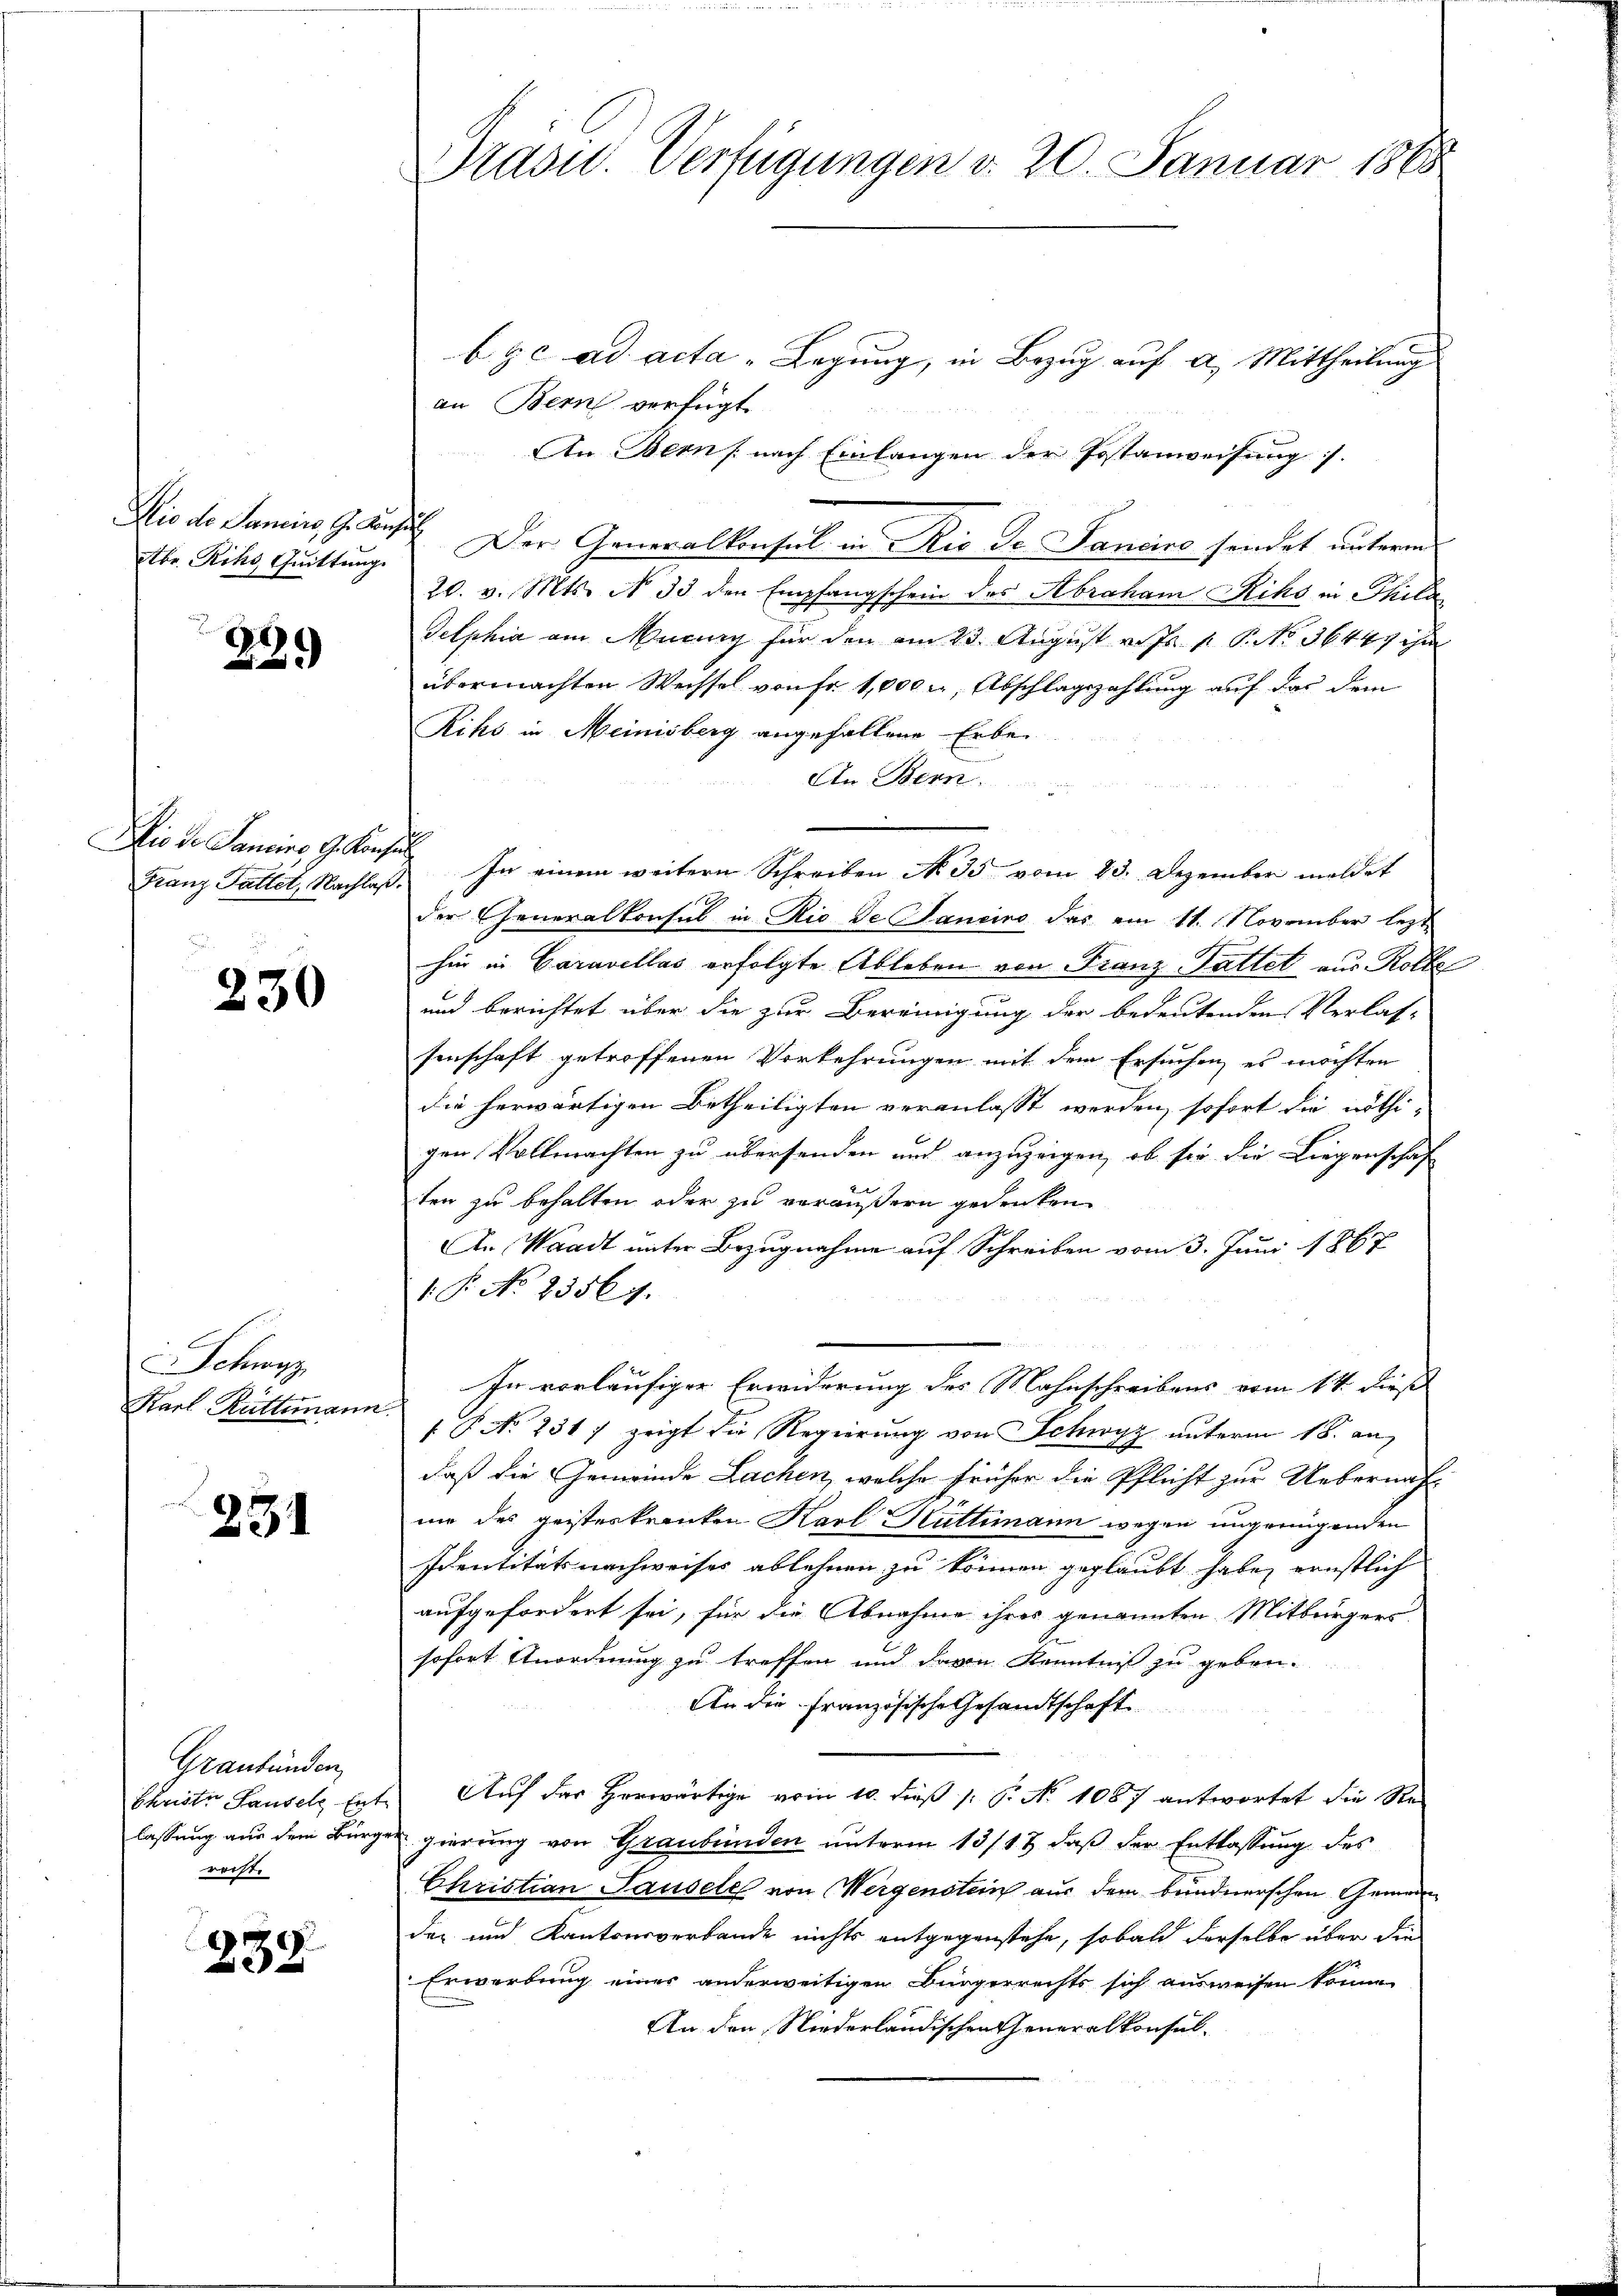
Abr. Riks Quittung.

299

Die de Sanciro G. Konsul

230

Schwyz
Karl Rüttimann

234

Graubünden,
Christe Sausel Ent
lassung aus dem Bürgrecht.

239

Präsid. Verfügungen v. 20. Januar 1888

byc ad acta - Legung, in Bezug auf A. Mittheilung
an Bern verfügt:
An Berns nach Einlangen der Postanweisung /.
Die de Janein, 9. Aufen. Der Generalkonsul in Rio der Sancino sendet unterm
20. v. Mts. No 33 den Empfangschein des Abraham Riks in Phila
Telphia am Murung für den am 23. August v. Js. f. P. No 36447 ihm
übermachten Wechsel von Fr. 1,000 u. Abschlagszahlung auf das dem
Riks in Meinisberg angefallene Erbe
In Bern
Franz Fattet, Nachlaβ. In einem weitern Schreiben No. 35 vom 23. Dezember meldet
der Generalkonsul in Rio de Sancino das am 11. November lezt
hin in Caravellas erfolgte Ableben von Franz-Tattet aus Rolle
und berichtet über die zur Bereinigung der bedeutenden Verlas-
senschaft getroffenen Vorkehrungen mit dem Ersuchen, es möchten
die herwärtigen Betheiligten veranlasst werden, sofort die nöthi-
gen Vollmachten zu übersenden und anzuzeigen, ob sie die Liegenschaf
ten zu behalten oder zu veräußern gedenken
An Waadt unter Bezugnahme auf Schreiben vom 3. Juni 1867
1 P. No 25567.
In vorläufiger Erwiderung des Mahnschreibens vom 14. dieß
f
P No 236 f zeigt die Regierung von Schwyz unterm 18. an
daß die Gemeinde Lachen, welche früher die Pflicht zur Uebernah
nie des geisteskranken Karl Küttimann wegen ungeringenden
Identitätsnachweises ablehnen zu können geglaubt habe, ernstlich
aufgefordert sei, für die Abnahme ihres genannten Mitbürgers
sofort Anordnung zu treffen und davon Kenntniß zu geben.
An die Französische Gesandtschaft
Auf das Horwärtige vom 10. dieß [ P. No 1087 antwortet die Re-
egierung von Graubünden unterm 13/1. & daß der Entlassung des
Christian Pausele von Wergenstein aus dem bundnerschen Gemeindar und Kantonsverbande nichts entgegenstehe, sobald derselbe über die
Erwerbung einer anderweitigen Bürgerrechts sich ausweisen könne.
An den Niederländischen Generalkonsul-